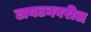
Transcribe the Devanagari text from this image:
टायटनवरील